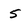
Character: 5